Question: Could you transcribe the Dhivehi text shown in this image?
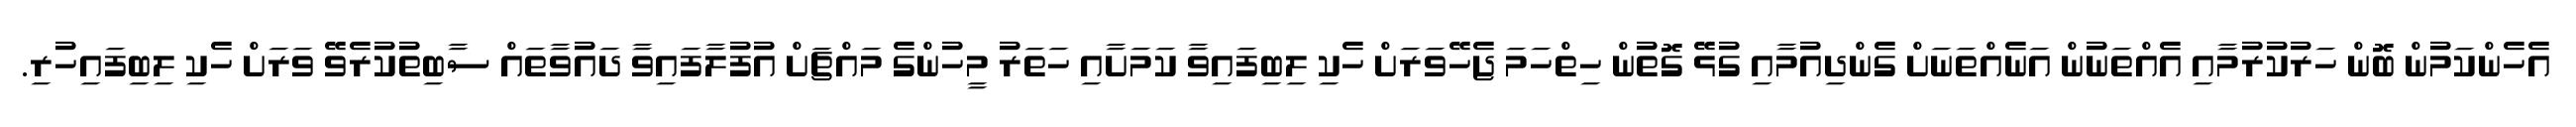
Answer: އެހެންކަމުން ބޮން ހަރުކުރުމާއި އެއްތަނުން އަނެއްތަނަށް ގެންދިއުމާއި ގުޅޭ ގޮތުން ހިތްހަމަ ޖެހޭވަރަށް ހެކި ލިބިފައިވާ ކަމަށާއި ހަތަރު މީހުންގެ މައްޗަށް އުފުލާފައިވާ ދައުވާތައް ސާބިތުކުރެވޭ ވަރަށް ހެކި ލިބިފައިހުރި.